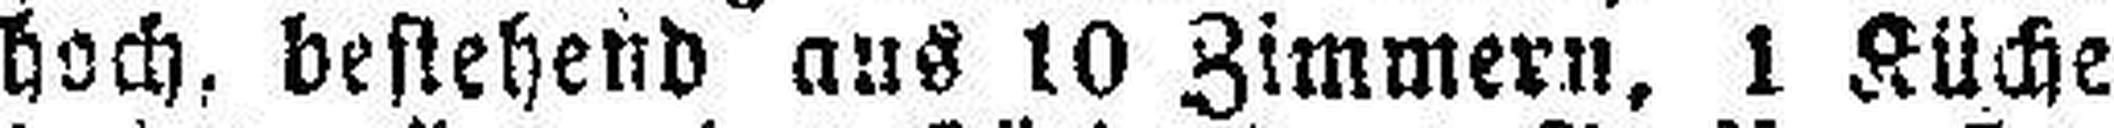
hoch, bestehend aus 10 Zimmern, 1 Küche